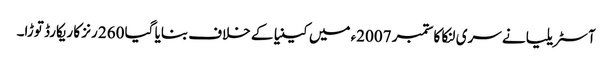
آسٹریلیا نے سری لنکا کا ستمبر 2007ء میں کینیا کے خلاف بنایا گیا 260 رنز کا ریکارڈ توڑا۔